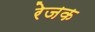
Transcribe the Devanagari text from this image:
रेजक